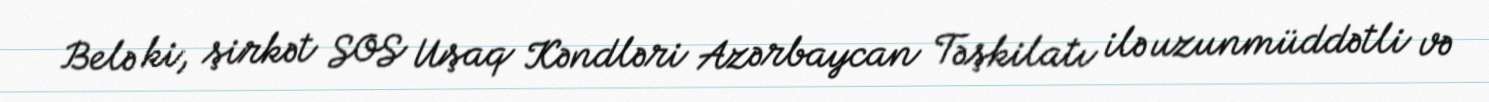
Belə ki, şirkət SOS Uşaq Kəndləri Azərbaycan Təşkilatı ilə uzunmüddətli və